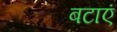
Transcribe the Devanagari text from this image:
बटाएं